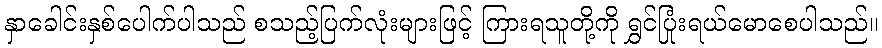
နှာခေါင်းနှစ်ပေါက်ပါသည် စသည့်ပြက်လုံးများဖြင့် ကြားရသူတို့ကို ရွှင်ပြုံးရယ်မောစေပါသည်။